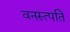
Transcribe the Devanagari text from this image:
वनस्त्पति